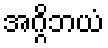
အဂ္ဂိဘယံ